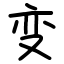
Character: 变